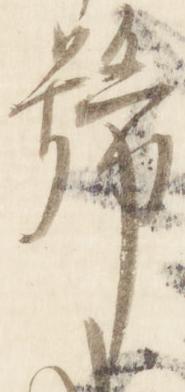
号